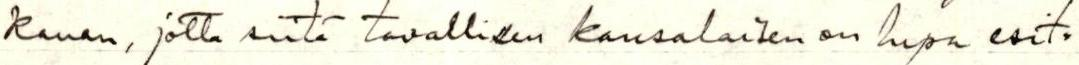
kauan, jotta siitä tavallisen kansalaisen on lupa esit=